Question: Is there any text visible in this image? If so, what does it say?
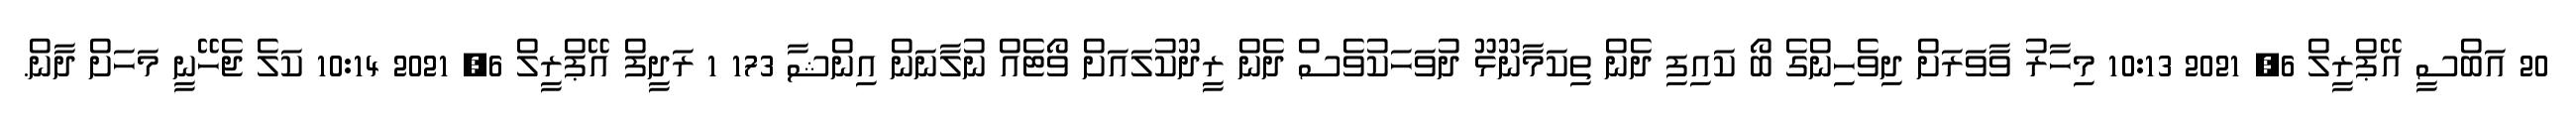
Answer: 20 އަބްސީ އޭޕްރީލް 6, 2021 10:13 މިހާރު ވާވަރަށް ދިވެހިންގެ ބޯ ކައިފި ދެން ތިކަމާނޫޅޫ ދުވަހަކުވެސް ދެން ރީދޫކުލައަށް ވޯޓެއް ނުލާނަން އިންޝާ 173 1 ރަދީފް އޭޕްރީލް 6, 2021 10:14 ކަލެ ޖެހޭނީ މަހަށް ދާން.